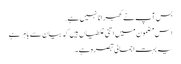
بس آپ نے گھبرانا نہیں ہے.
اس مضمون میں اتنی غلطیاں ہیں کہ بیان سے باہر ہے
یہ بہت اجمالی تبصرہ ہے۔